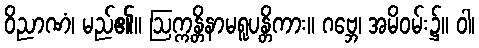
ဝိညာဏံ၊ မည်၏။ ဩက္ကန္တိနာမရူပန္တိကား။ ဂဗ္ဘေ၊ အမိဝမ်း၌။ ဝါ၊